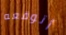
أتوقعه